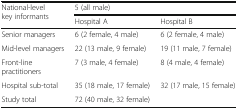
| <ROWSPAN=2> National-level key informants | <COLSPAN=2> 5 (all male) |
 | Hospital A | Hospital B |
 | --- | --- | --- |
 | Senior managers | 6 (2 female, 4 male) | 6 (2 female, 4 male) |
 | Mid-level managers | 22 (13 male, 9 female) | 19 (11 male, 7 female) |
 | Front-line practitioners | 7 (3 male, 4 female) | 8 (4 male, 4 female) |
 | Hospital sub-total | 35 (18 male, 17 female) | 32 (17 male, 15 female) |
 | Study total | <COLSPAN=2> 72 (40 male, 32 female) |